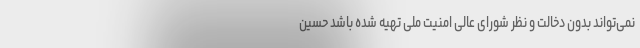
نمی‌تواند بدون دخالت و نظر شورای عالی امنیت ملی تهیه شده باشد حسین